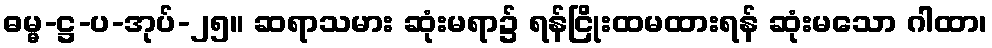
ဓမ္မ-ဋ္ဌ-ပ-အုပ်-၂၅။ ဆရာသမား ဆုံးမရာ၌ ရန်ငြိုးထမထားရန် ဆုံးမသော ဂါထာ၊